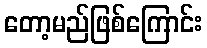
တော့မည်ဖြစ်ကြောင်း